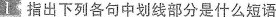
1 指出下列各句中划线部分是什么短语